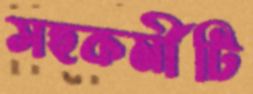
সহকর্মীটি